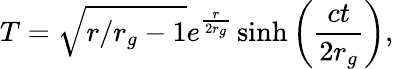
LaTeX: T=\sqrt{r/r_{g}-1}e^{\frac{r}{2r_{g}}}\sinh\left(\frac{ct}{2r_{g}}\right),